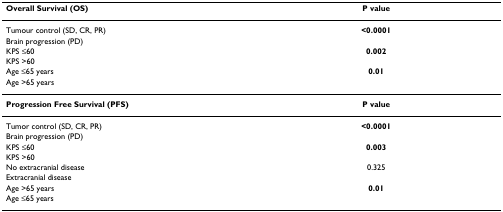
<table><thead><tr><td><b>Overall Survival (OS)</b></td><td><b>P value</b></td></tr></thead><tbody><tr><td>Tumour control (SD, CR, PR)</td><td><b>&lt;0.0001</b></td></tr><tr><td>Brain progression (PD)</td><td></td></tr><tr><td>KPS ≤60</td><td><b>0.002</b></td></tr><tr><td>KPS &gt;60</td><td></td></tr><tr><td>Age ≤65 years</td><td><b>0.01</b></td></tr><tr><td>Age &gt;65 years</td><td></td></tr><tr><td><b>Progression Free Survival (PFS)</b></td><td><b>P value</b></td></tr><tr><td>Tumor control (SD, CR, PR)</td><td><b>&lt;0.0001</b></td></tr><tr><td>Brain progression (PD)</td><td></td></tr><tr><td>KPS ≤60</td><td><b>0.003</b></td></tr><tr><td>KPS &gt;60</td><td></td></tr><tr><td>No extracranial disease</td><td>0.325</td></tr><tr><td>Extracranial disease</td><td></td></tr><tr><td>Age &gt;65 years</td><td><b>0.01</b></td></tr><tr><td>Age ≤65 years</td><td></td></tr></tbody></table>